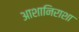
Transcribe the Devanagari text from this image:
आशानिराशा